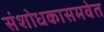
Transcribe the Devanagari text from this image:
संशोधकासमवेत